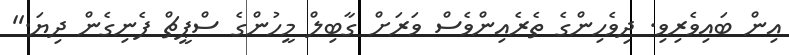
އިން ބައިވެރިވި. ދިވެހިންގެ ތެރެއިންވެސް ވަރަށް ގާބިލް މީހުންގެ ސްޕީޗް ފެނިގެން ދިޔަ.''